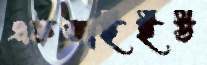
এফআইইউ